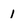
Character: 1